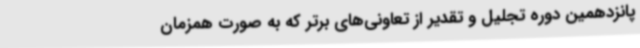
پانزدهمین دوره تجلیل و تقدیر از تعاونی‌های برتر که به صورت همزمان